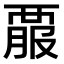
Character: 𧟱